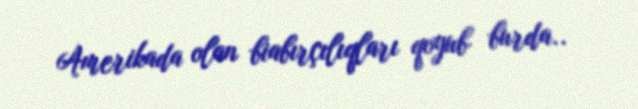
Amerikada olan biabırçılıqları qoyub burda..